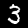
Label: 3